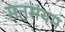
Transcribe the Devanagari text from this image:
मनसंयम